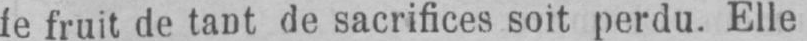
fe fruit de tant de sacrifices soit perdu. Elle